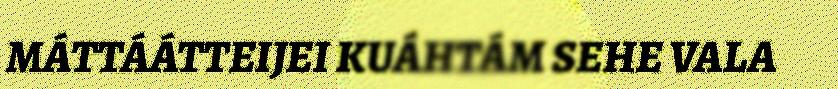
MÁTTÁÁTTEIJEI KUÁHTÁM SEHE VALA